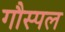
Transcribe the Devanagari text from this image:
गौस्पल